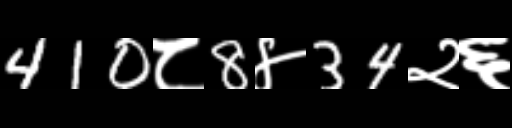
Text: 410८8४34२६